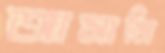
আসামি